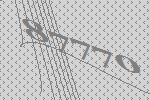
87770